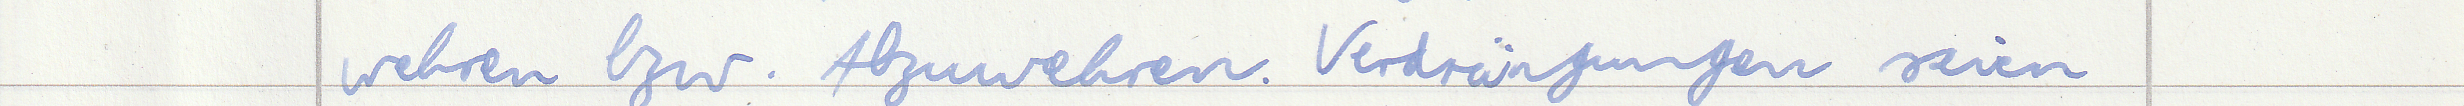
wehren bzw. Abzuwehren. Verdrängungen seien